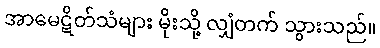
အာမေဋိတ်သံများ မိုးသို့ လျှံတက် သွားသည်။